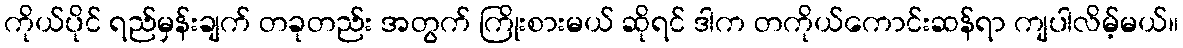
ကိုယ်ပိုင် ရည်မှန်းချက် တခုတည်း အတွက် ကြိုးစားမယ် ဆိုရင် ဒါက တကိုယ်ကောင်းဆန်ရာ ကျပါလိမ့်မယ်။